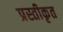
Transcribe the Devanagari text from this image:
प्रस्तीकृत